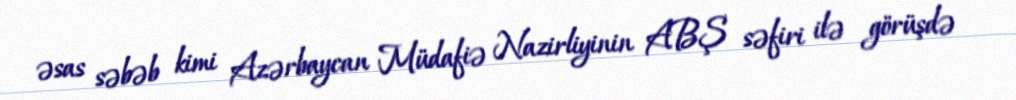
əsas səbəb kimi Azərbaycan Müdafiə Nazirliyinin ABŞ səfiri ilə görüşdə